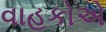
વાહકોએ